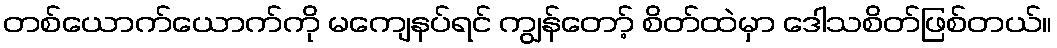
တစ်ယောက်ယောက်ကို မကျေနပ်ရင် ကျွန်တော့် စိတ်ထဲမှာ ဒေါသစိတ်ဖြစ်တယ်။